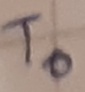
Text: T0